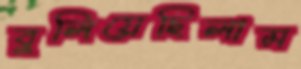
বুলিয়েছিলাম